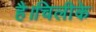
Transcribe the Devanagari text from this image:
है।चिलीके